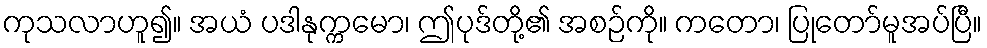
ကုသလာဟူ၍။ အယံ ပဒါနုက္ကမော၊ ဤပုဒ်တို့၏ အစဉ်ကို။ ကတော၊ ပြုတော်မူအပ်ပြီ။